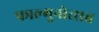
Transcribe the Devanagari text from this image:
फाल्गुनोत्सव